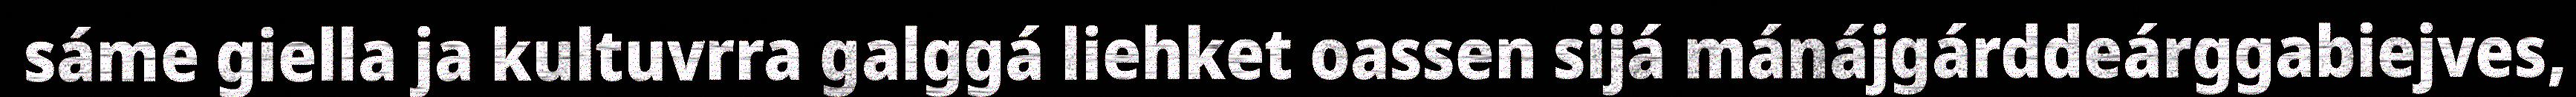
sáme giella ja kultuvrra galggá liehket oassen sijá mánájgárddeárggabiejves,